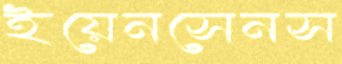
ইয়েনসেনস